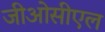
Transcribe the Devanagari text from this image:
जीओसीएल